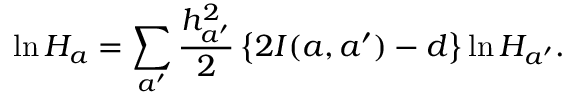
\ln H _ { a } = \sum _ { a ^ { \prime } } \frac { h _ { a ^ { \prime } } ^ { 2 } } { 2 } \left\{ 2 I ( a , a ^ { \prime } ) - d \right\} \ln H _ { a ^ { \prime } } .